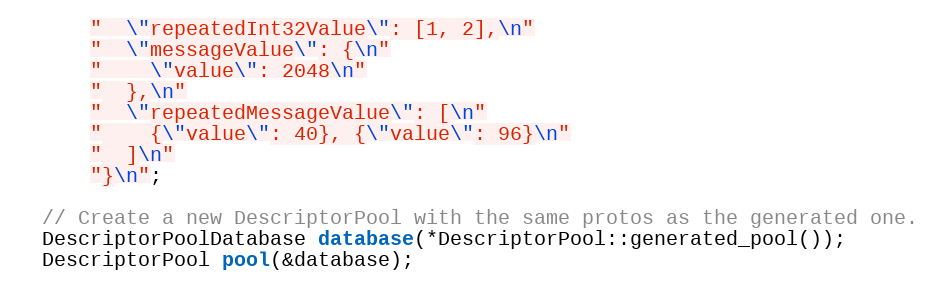
Language: C++
      "  \"repeatedInt32Value\": [1, 2],\n"
      "  \"messageValue\": {\n"
      "    \"value\": 2048\n"
      "  },\n"
      "  \"repeatedMessageValue\": [\n"
      "    {\"value\": 40}, {\"value\": 96}\n"
      "  ]\n"
      "}\n";

  // Create a new DescriptorPool with the same protos as the generated one.
  DescriptorPoolDatabase database(*DescriptorPool::generated_pool());
  DescriptorPool pool(&database);